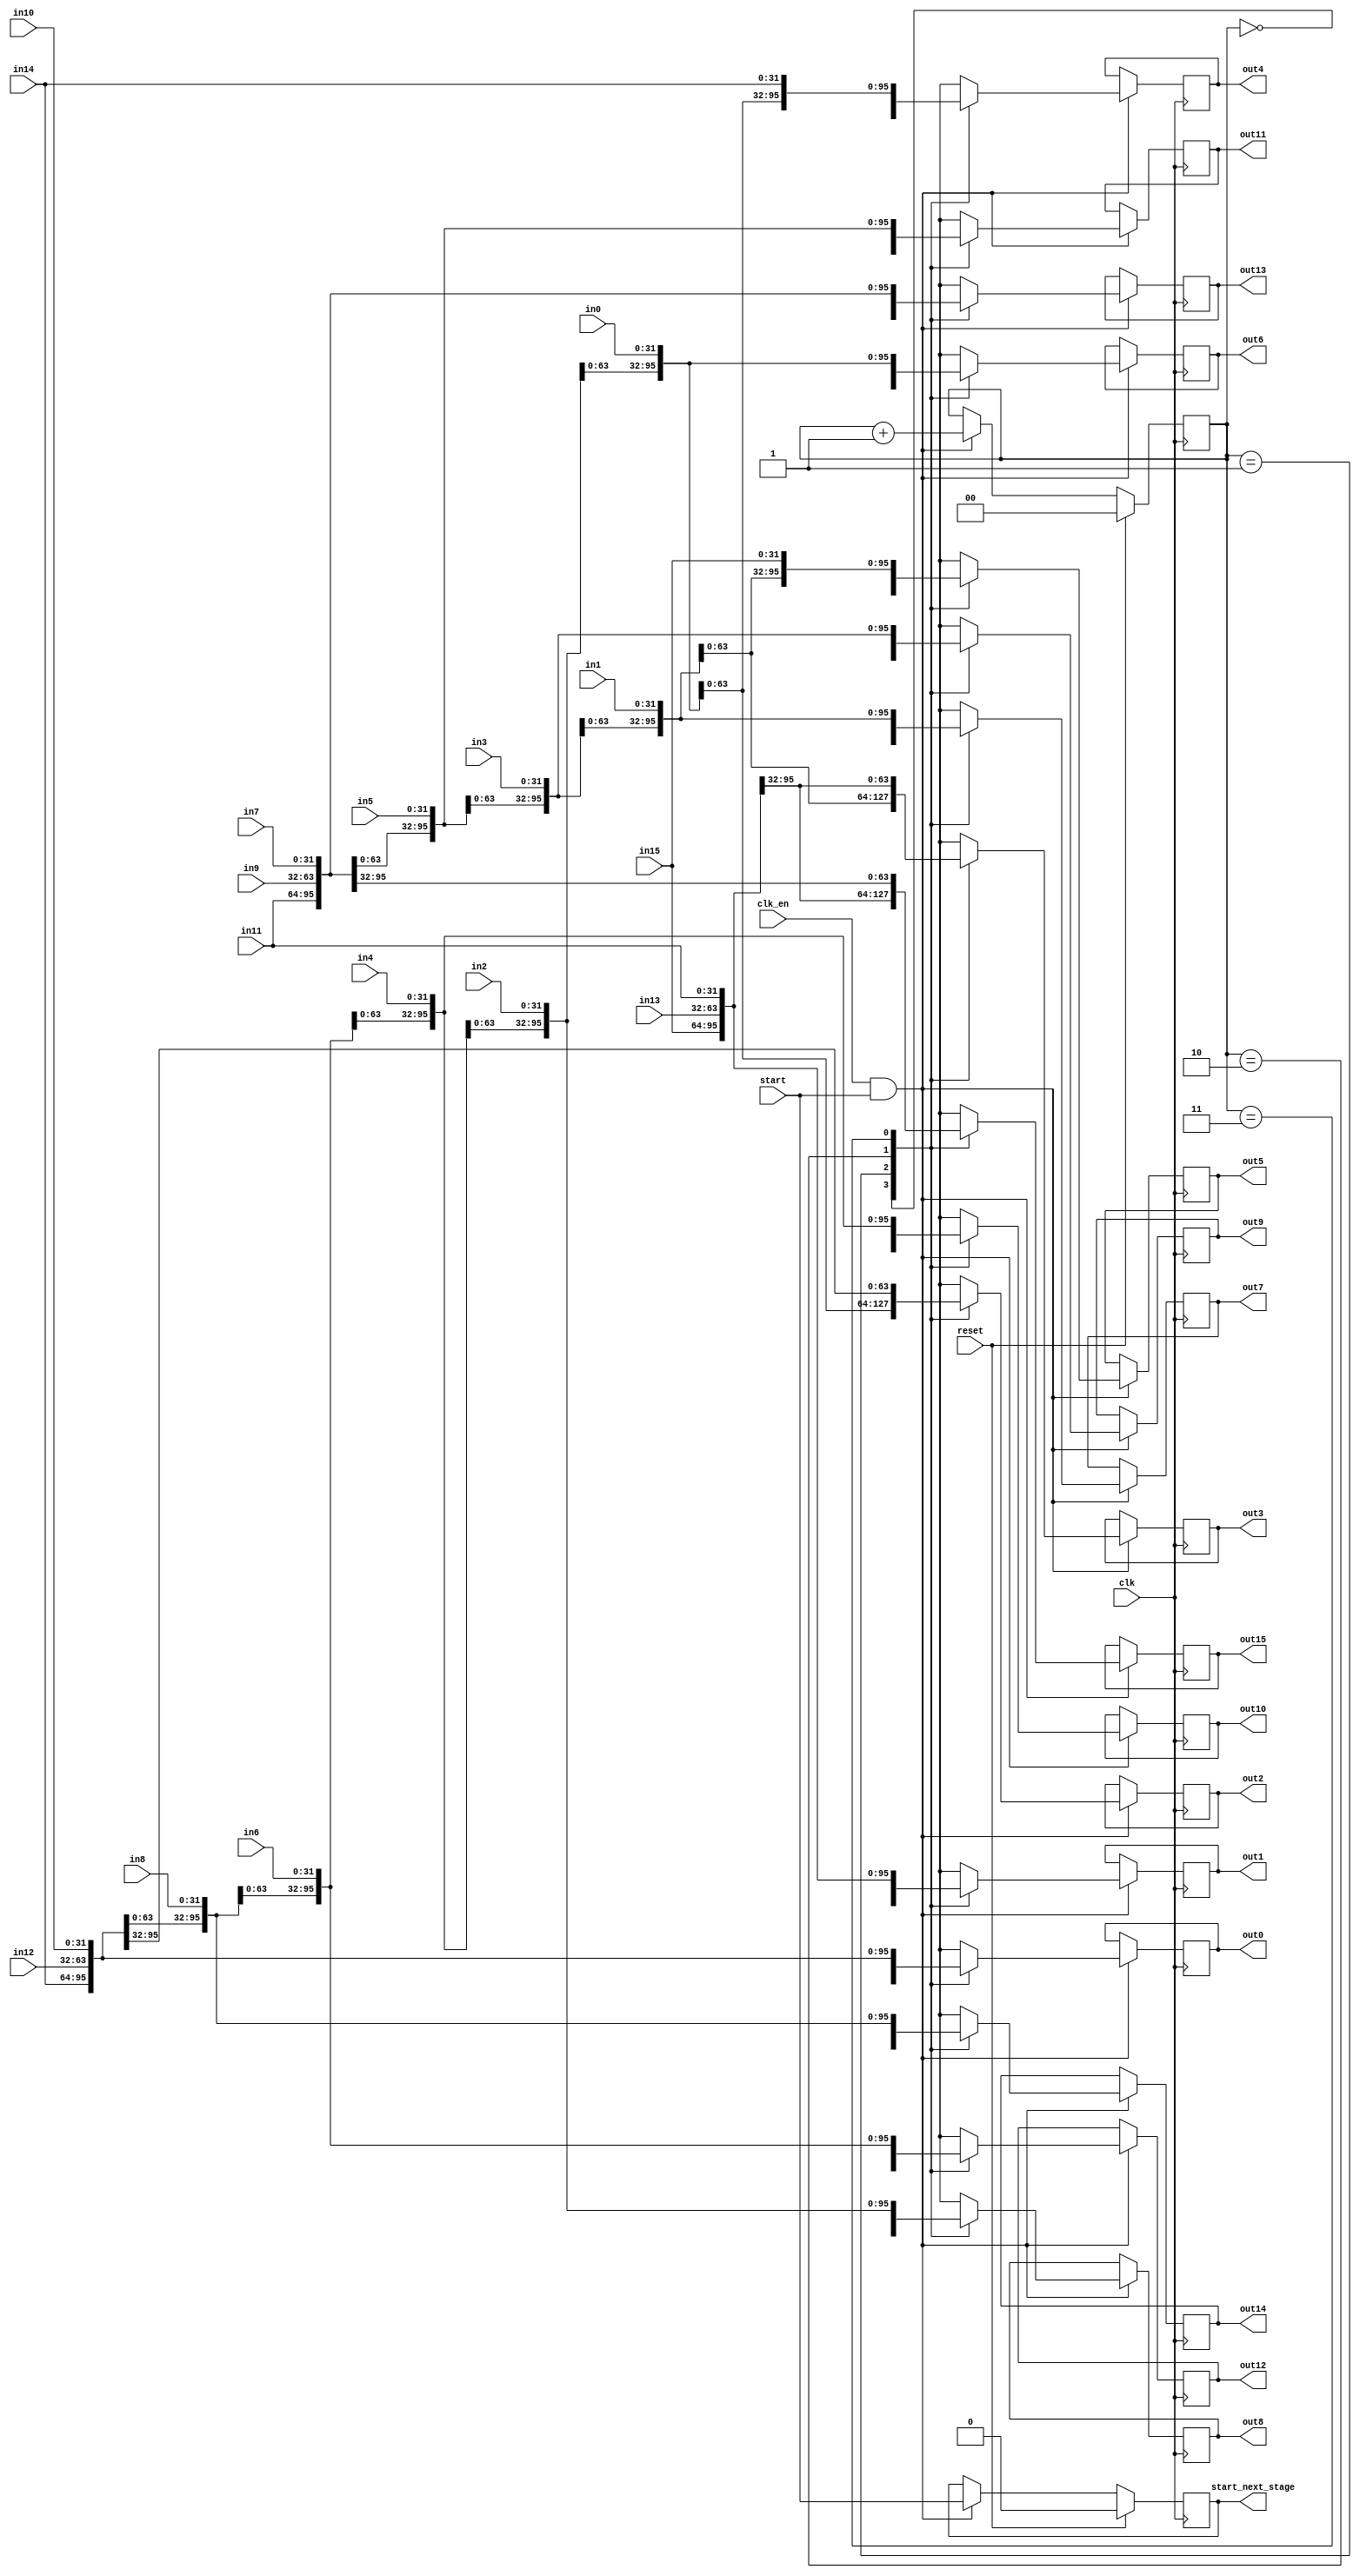
/* ../verilog/matrixTranspose/src/crossbarShiftDown.v
 * This file is automatically generated by Chi Zhang
 * k = 2, M = 8
 */
module crossbarShiftDown # (
  parameter DATA_WIDTH = 32
) (
  input [1-1:0] clk,
  input [1-1:0] clk_en,
  input [1-1:0] start,
  input [1-1:0] reset,
  input [DATA_WIDTH-1:0] in0,
  input [DATA_WIDTH-1:0] in1,
  input [DATA_WIDTH-1:0] in2,
  input [DATA_WIDTH-1:0] in3,
  input [DATA_WIDTH-1:0] in4,
  input [DATA_WIDTH-1:0] in5,
  input [DATA_WIDTH-1:0] in6,
  input [DATA_WIDTH-1:0] in7,
  input [DATA_WIDTH-1:0] in8,
  input [DATA_WIDTH-1:0] in9,
  input [DATA_WIDTH-1:0] in10,
  input [DATA_WIDTH-1:0] in11,
  input [DATA_WIDTH-1:0] in12,
  input [DATA_WIDTH-1:0] in13,
  input [DATA_WIDTH-1:0] in14,
  input [DATA_WIDTH-1:0] in15,
  output reg [1-1:0] start_next_stage,
  output reg [DATA_WIDTH-1:0] out0,
  output reg [DATA_WIDTH-1:0] out1,
  output reg [DATA_WIDTH-1:0] out2,
  output reg [DATA_WIDTH-1:0] out3,
  output reg [DATA_WIDTH-1:0] out4,
  output reg [DATA_WIDTH-1:0] out5,
  output reg [DATA_WIDTH-1:0] out6,
  output reg [DATA_WIDTH-1:0] out7,
  output reg [DATA_WIDTH-1:0] out8,
  output reg [DATA_WIDTH-1:0] out9,
  output reg [DATA_WIDTH-1:0] out10,
  output reg [DATA_WIDTH-1:0] out11,
  output reg [DATA_WIDTH-1:0] out12,
  output reg [DATA_WIDTH-1:0] out13,
  output reg [DATA_WIDTH-1:0] out14,
  output reg [DATA_WIDTH-1:0] out15
);

  reg [2-1:0] timestamp;

  always@(posedge clk) begin
    if (reset) begin
      start_next_stage <= 1'b0;
      timestamp <= 2'b00;
    end else if (clk_en & start) begin
      start_next_stage <= start;
      timestamp <= timestamp + 1;
    end
  end

  always@(posedge clk) begin
    if (clk_en & start) begin
      case (timestamp)
        2'b00: begin
          out0 <= in0;
          out1 <= in1;
          out2 <= in2;
          out3 <= in3;
          out4 <= in4;
          out5 <= in5;
          out6 <= in6;
          out7 <= in7;
          out8 <= in8;
          out9 <= in9;
          out10 <= in10;
          out11 <= in11;
          out12 <= in12;
          out13 <= in13;
          out14 <= in14;
          out15 <= in15;
        end
        2'b01: begin
          out0 <= in14;
          out1 <= in15;
          out2 <= in0;
          out3 <= in1;
          out4 <= in2;
          out5 <= in3;
          out6 <= in4;
          out7 <= in5;
          out8 <= in6;
          out9 <= in7;
          out10 <= in8;
          out11 <= in9;
          out12 <= in10;
          out13 <= in11;
          out14 <= in12;
          out15 <= in13;
        end
        2'b10: begin
          out0 <= in12;
          out1 <= in13;
          out2 <= in14;
          out3 <= in15;
          out4 <= in0;
          out5 <= in1;
          out6 <= in2;
          out7 <= in3;
          out8 <= in4;
          out9 <= in5;
          out10 <= in6;
          out11 <= in7;
          out12 <= in8;
          out13 <= in9;
          out14 <= in10;
          out15 <= in11;
        end
        2'b11: begin
          out0 <= in10;
          out1 <= in11;
          out2 <= in12;
          out3 <= in13;
          out4 <= in14;
          out5 <= in15;
          out6 <= in0;
          out7 <= in1;
          out8 <= in2;
          out9 <= in3;
          out10 <= in4;
          out11 <= in5;
          out12 <= in6;
          out13 <= in7;
          out14 <= in8;
          out15 <= in9;
        end
      endcase
    end
  end

endmodule